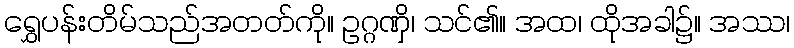
ရွှေပန်းတိမ်သည်အတတ်ကို။ ဥဂ္ဂဏှိ၊ သင်၏။ အထ၊ ထိုအခါ၌။ အဿ၊